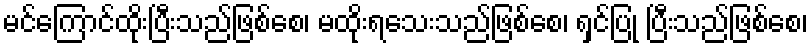
မင်ကြောင်ထိုးပြီးသည်ဖြစ်စေ၊ မထိုးရသေးသည်ဖြစ်စေ၊ ရှင်ပြု ပြီးသည်ဖြစ်စေ၊